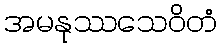
အမနုဿသေဝိတံ